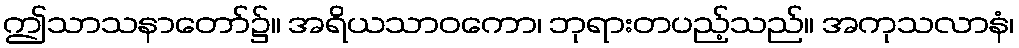
ဤသာသနာတော်၌။ အရိယသာဝကော၊ ဘုရားတပည့်သည်။ အကုသလာနံ၊